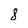
Character: 8